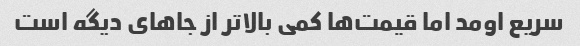
سریع اومد اما قیمت‌ها کمی بالاتر از جاهای دیگه است